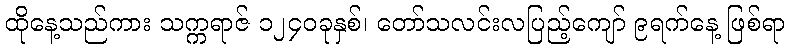
ထိုနေ့သည်ကား သက္ကရာဇ် ၁၂၄၀ခုနှစ်၊ တော်သလင်းလပြည့်ကျော် ၉ရက်နေ့ ဖြစ်ရာ